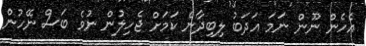
އެހެން ނޫން ނަމަ އަދަބު ލިބިދާނެ ކަމަށް ޖެހިލުން ނުވެ ބަސް ނޭހުން